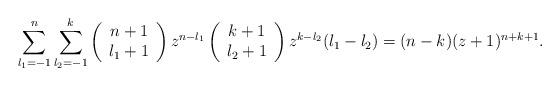
LaTeX: \begin{align*}\sum_{l_{1}=-1}^{n} \sum_{l_{2}=-1}^{k}\left( \begin{array}{c} n+1 \\ l_{1}+1 \end{array} \right)z^{n-l_{1}}\left( \begin{array}{c} k+1 \\ l_{2}+1 \end{array} \right)z^{k-l_{2}} (l_{1}-l_{2})=(n-k) (z+1)^{n+k+1}.\end{align*}